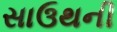
સાઉથની